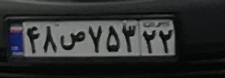
۴۸س۷۵۲۲۲